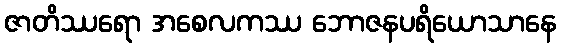
ဇာတိဿရော အစေလကဿ ဘောဇနပရိယောသာနေ